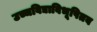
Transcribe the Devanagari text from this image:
उच्चविद्याविभूषितब